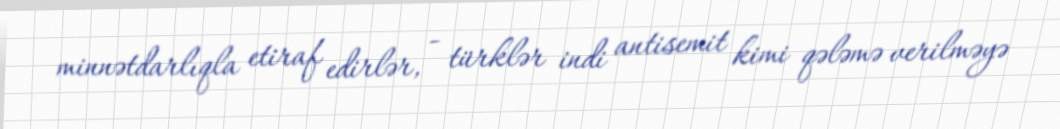
minnətdarlıqla etiraf edirlər, - türklər indi antisemit kimi qələmə verilməyə